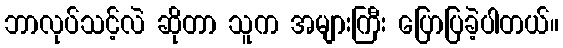
ဘာလုပ်သင့်လဲ ဆိုတာ သူက အများကြီး ပြောပြခဲ့ပါတယ်။